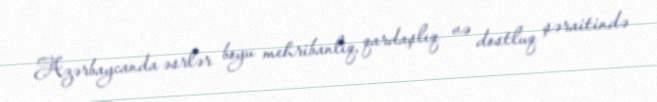
Azərbaycanda əsrlər boyu mehribanlıq, qardaşlıq və dostluq şəraitində